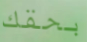
بحقك